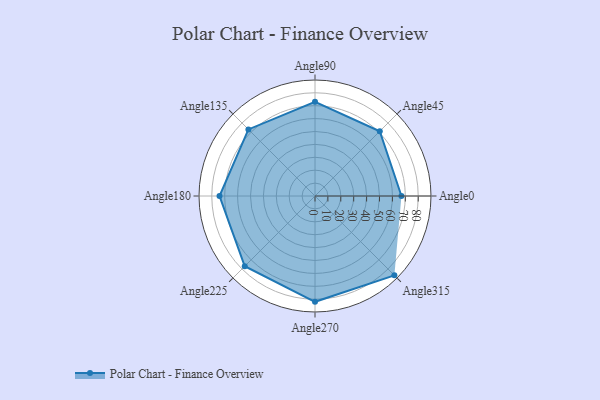
{"axis": {"x": "Angle", "y": "Radius"}, "legend": [""], "data": [{"x": "Angle0", "y": 67.0, "type": ""}, {"x": "Angle45", "y": 71.0, "type": ""}, {"x": "Angle90", "y": 73.0, "type": ""}, {"x": "Angle135", "y": 73.0, "type": ""}, {"x": "Angle180", "y": 74.0, "type": ""}, {"x": "Angle225", "y": 77.0, "type": ""}, {"x": "Angle270", "y": 82.0, "type": ""}, {"x": "Angle315", "y": 87.0, "type": ""}]}